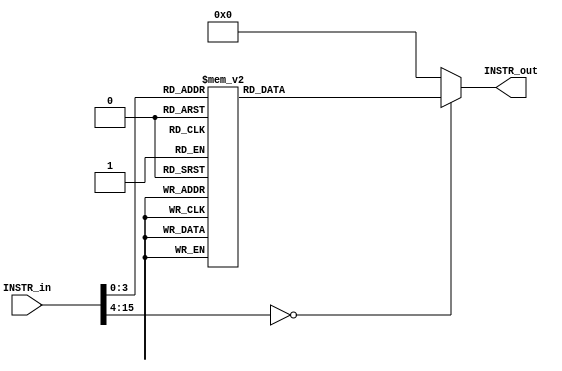
module InstructionMemory(output reg[WORD_WIDTH-1:0] INSTR_out, input[WORD_WIDTH-1:0] INSTR_in);

parameter WORD_WIDTH = 16;
parameter DR_WIDTH = 3;
parameter SB_WIDTH = DR_WIDTH;
parameter SA_WIDTH = DR_WIDTH;
parameter OPCODE_WIDTH = 7;
parameter INSTR_WIDTH = WORD_WIDTH;
/*
0000		LDI R0,3
0001		LDI R1,7
0002		MOVA R2, R0
0003		MOVB R3, R1
0004		ADD R4,R0,R1
0005		SUB R5,R3,R4
0006		BRZ R5, 3
0007		BRN R5, 3
000A		JMP R0
*/
always@(*)
	begin
		case(INSTR_in)
			//16'h0000: INSTR_out = 16'b000_0000_000_000_000; //
			16'h0000: INSTR_out = 16'b100_1100_000_000_011; // LDI  R0 <- 3
			16'h0001: INSTR_out = 16'b100_1100_001_000_111; // LDI  R1 <- 7
			16'h0002: INSTR_out = 16'b000_0000_010_010_XXX; // MOVA R2 <- R0
			16'h0003: INSTR_out = 16'b000_1100_011_011_XXX; // MOVB R3 <- R1
			16'h0004: INSTR_out = 16'b000_0010_010_000_001; // ADD  R4 <- R0;R1
			16'h0005: INSTR_out = 16'b000_0101_101_011_100; // SUB  R5 <- R3;R4
			16'h0006: INSTR_out = 16'b110_0000_000_101_011; // BRZ  R5;3
			16'h0007: INSTR_out = 16'b110_0001_000_101_011; // BRN  R5;3
			16'h0008: INSTR_out = 16'b111_0000_110_000_001; // JMP  R0;
			default: INSTR_out = 16'b0;
		endcase
	end
/*
always@(*)
	begin			//de acordo com a posio que o PC apontar, execute determinada instruo,
    case(INSTR_in)	//que basicamente  a que est salva naquela memria
        16'h0000: INSTR_out = 16'b 0000000_001_010_XXX; // mova R1, R2 - NO TEM PROBLEMA DE DEIXAR O XXX OU 000.
        16'h0001: INSTR_out = 16'b 0000001_110_100_001; // inc R6, R4
        16'h0002: INSTR_out = 16'b 0000010_011_001_110; // add R3, R1, R6
        16'h0003: INSTR_out = 16'b 0000101_010_101_010; // sub R2, R5, R2
        16'h0004: INSTR_out = 16'b 0000110_000_111_001; // dec R0, R7
        16'h0005: INSTR_out = 16'b 0001000_101_011_010; // and R5, R3, R2
        16'h0006: INSTR_out = 16'b 0001001_000_100_110; // or R0, R4, R6
        16'h0007: INSTR_out = 16'b 0001010_111_001_010; // xor R7, R1, R2
        16'h0008: INSTR_out = 16'b 0001011_000_011_010; // not R0, R3
        16'h0009: INSTR_out = 16'b 0001100_010_000_100; // movb R2, R4
        16'h000A: INSTR_out = 16'b 0001101_001_100_011; // shr R1, R3
        16'h000B: INSTR_out = 16'b 0001110_111_101_110; // shl R7, R6
        16'h000C: INSTR_out = 16'b 1001100_010_000_010; // ldi R2, 2
        16'h000D: INSTR_out = 16'b 1000010_100_011_100; // adi R4, R3, 4
        16'h000E: INSTR_out = 16'b 0010000_101_000_010; // ld R5, R0
        16'h000F: INSTR_out = 16'b 0100000_000_001_111; // st R1, R7
        16'h0010: INSTR_out = 16'b 1100000_000_100_011; // brz R4, 3
        16'h0011: INSTR_out = 16'b 1100001_111_010_000; // brn R2, 8
        16'h0012: INSTR_out = 16'b 1110000_110_111_001; // jmp R7
        default:  INSTR_out = 16'b 1110000_110_000_001;
    endcase
end //fim do always referente a memria de instrues
*/

endmodule